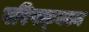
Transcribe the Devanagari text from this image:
परिपक्क्वन